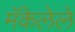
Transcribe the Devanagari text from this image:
मॅकेलेले